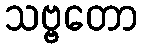
သဗ္ဗတော